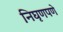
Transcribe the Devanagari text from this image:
निघृणपणे